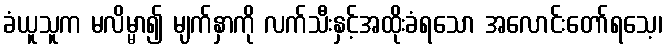
ခံယူသူက မလိမ္မာ၍ မျက်နှာကို လက်သီးနှင့်အထိုးခံရသော အလောင်းတော်ရသေ့၊